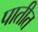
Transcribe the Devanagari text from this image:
पातीत